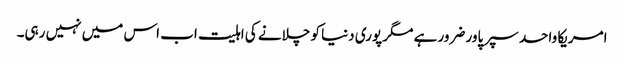
امریکا واحد سپر پاور ضرور ہے مگر پوری دنیا کو چلانے کی اہلیت اب اس میں نہیں رہی۔